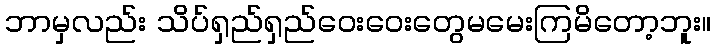
ဘာမှလည်း သိပ်ရှည်ရှည်ဝေးဝေးတွေမမေးကြမိတော့ဘူး။